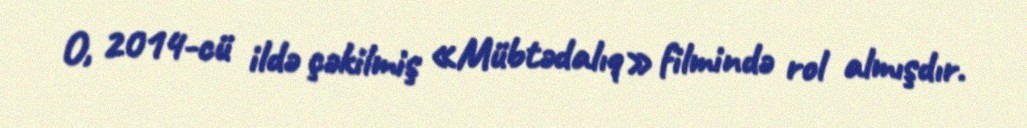
O, 2014-cü ildə çəkilmiş «Mübtədalıq» filmində rol almışdır.